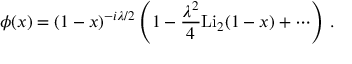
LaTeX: \phi ( x ) = ( 1 - x ) ^ { - i \lambda / 2 } \left( 1 - \frac { \lambda ^ { 2 } } { 4 } \mathrm { L i } _ { 2 } ( 1 - x ) + \cdots \right) \, .